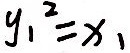
y _ { 1 } ^ { 2 } = x _ { 1 }